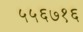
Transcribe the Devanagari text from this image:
५५६७१६